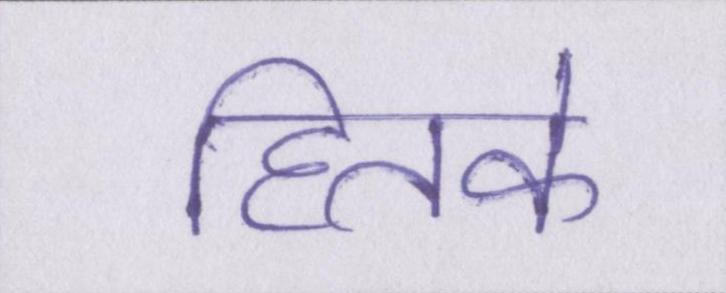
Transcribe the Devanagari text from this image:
हितके